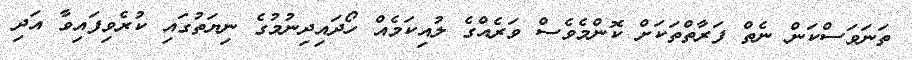
ތަނަވަސްކަން ނެތް ފަރާތްތަކަށް ކޮންމެވެސް ވަރެއްގެ ލުއިކަމެއް ހޯދައިދިނުމުގެ ނިޔަތުގައި ކުރެވިފައިވާ އަދި